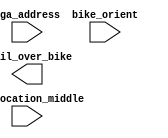
module bikeTrailEdge(bikeLocation_middle, vga_address, bike_orient, trail_over_bike);
	input [18:0] bikeLocation_middle;
	input [18:0] vga_address;
	input [1:0] bike_orient;
	output trail_over_bike;
	
	
	
endmodule